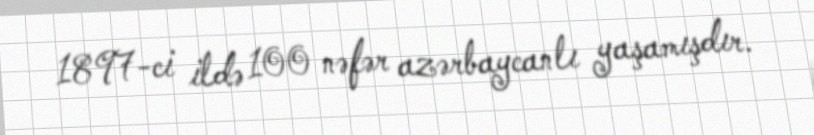
1897-ci ildə 100 nəfər azərbaycanlı yaşamışdır.